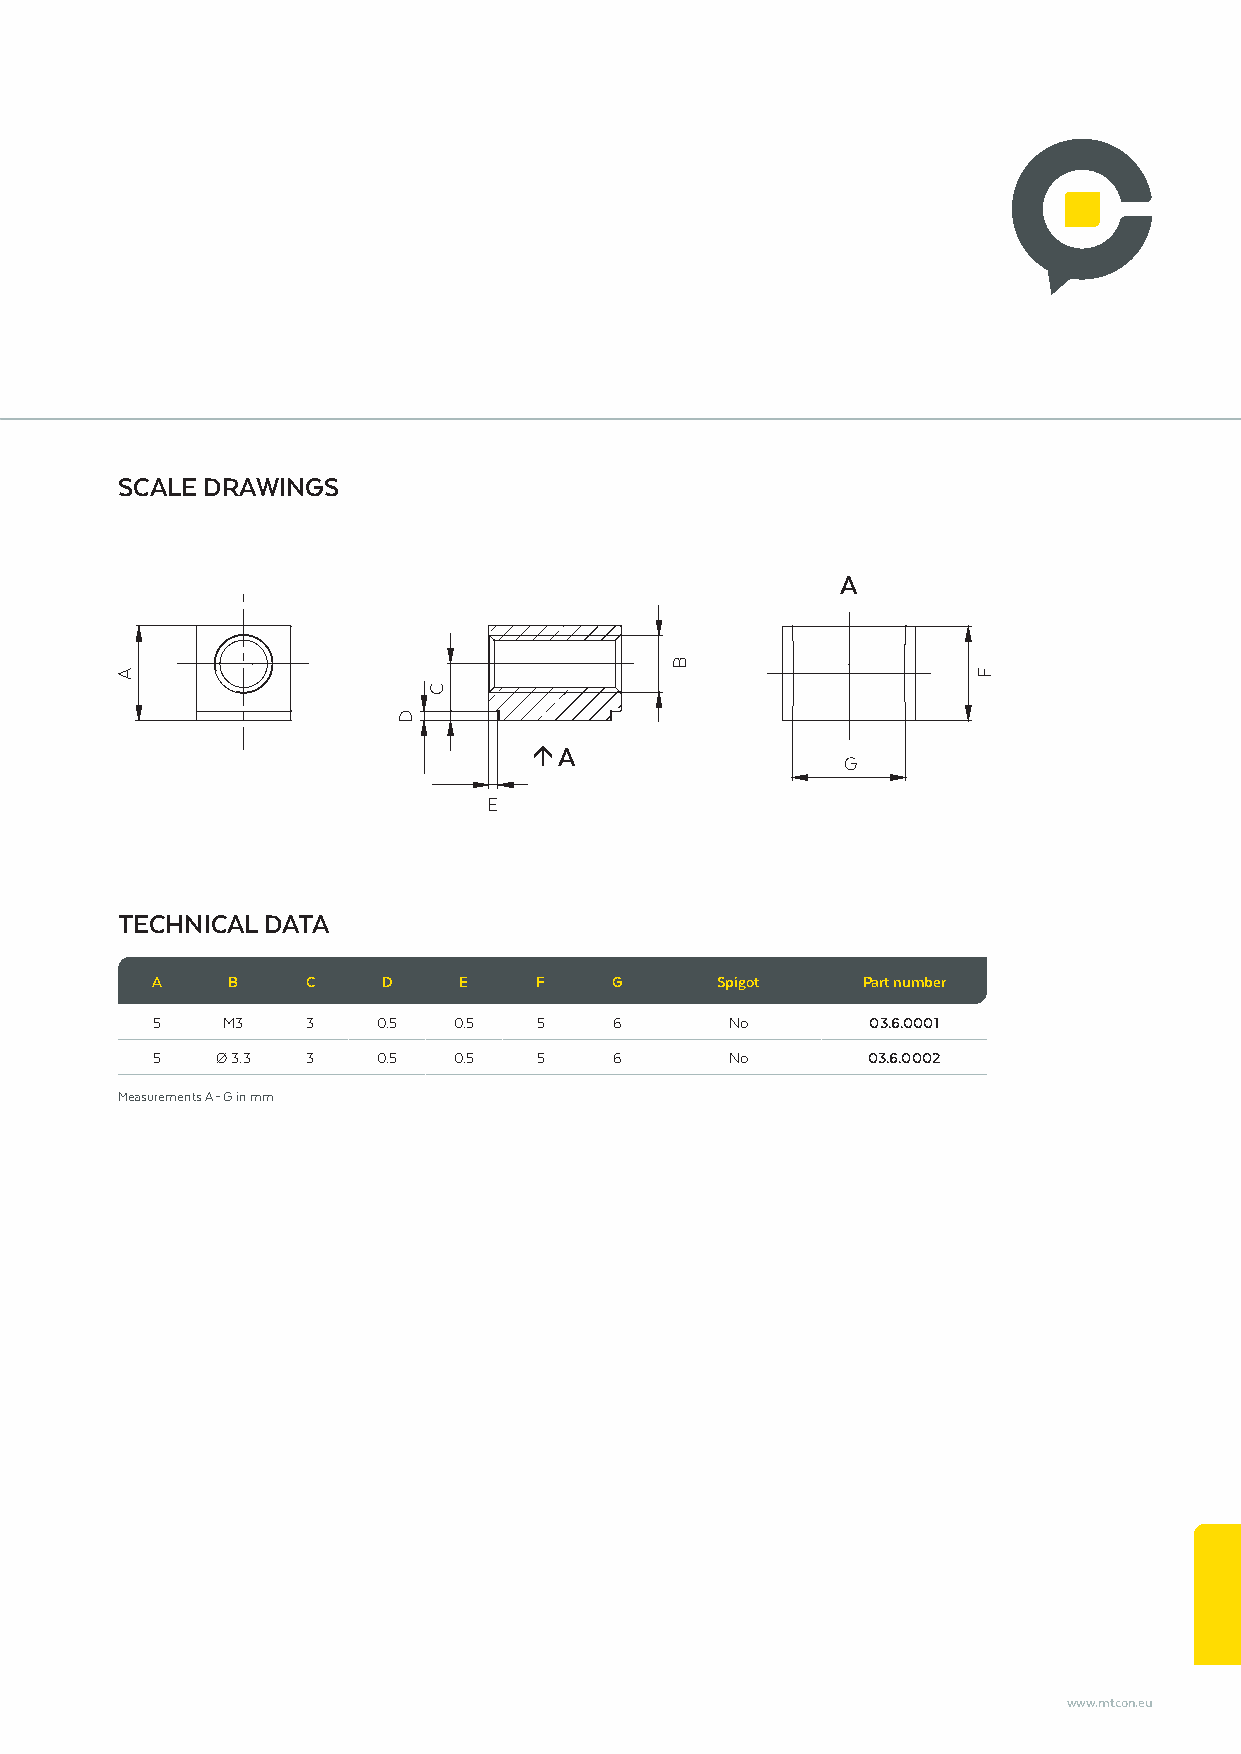
SCALE DRAWINGS
 A
 á A
 G
 E
 TECHNICAL DATA
 A    B    C    D    E    F     G     Spigot    Part number
 5    M3   3    0.5  0.5   5    6      No        03.6.0001
 5   Ø 3.3 3    0.5  0.5   5    6      No       03.6.0002
 Measurements A – G in mm
 www.mtcon.eu
 A
 D
 C
 B
 F